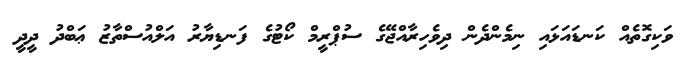
ވަކިގޮތެއް ކަނޑައަޅައި ނިމެންދެން ދިވެހިރާއްޖޭގެ ސުޕްރީމް ކޯޓުގެ ފަނޑިޔާރު އަލްއުސްތާޒު ޢަބްދު ދީދީ